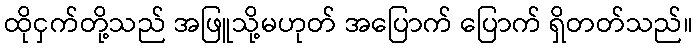
ထိုငှက်တို့သည် အဖြူသို့မဟုတ် အပြောက် ပြောက် ရှိတတ်သည်။